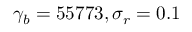
\gamma _ { b } = 5 5 7 7 3 , \sigma _ { r } = 0 . 1